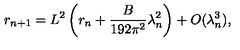
r _ { n + 1 } = L ^ { 2 } \left( r _ { n } + \frac { B } { 1 9 2 \pi ^ { 2 } } \lambda _ { n } ^ { 2 } \right) + O ( \lambda _ { n } ^ { 3 } ) ,